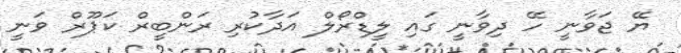
ޔޭ ޖަވާނީ ހޭ ދިވާނީ ގައި ލީޑްރޯލް އަދާކުރި ރަންބީރް ކަޕޫރް ވަނީ